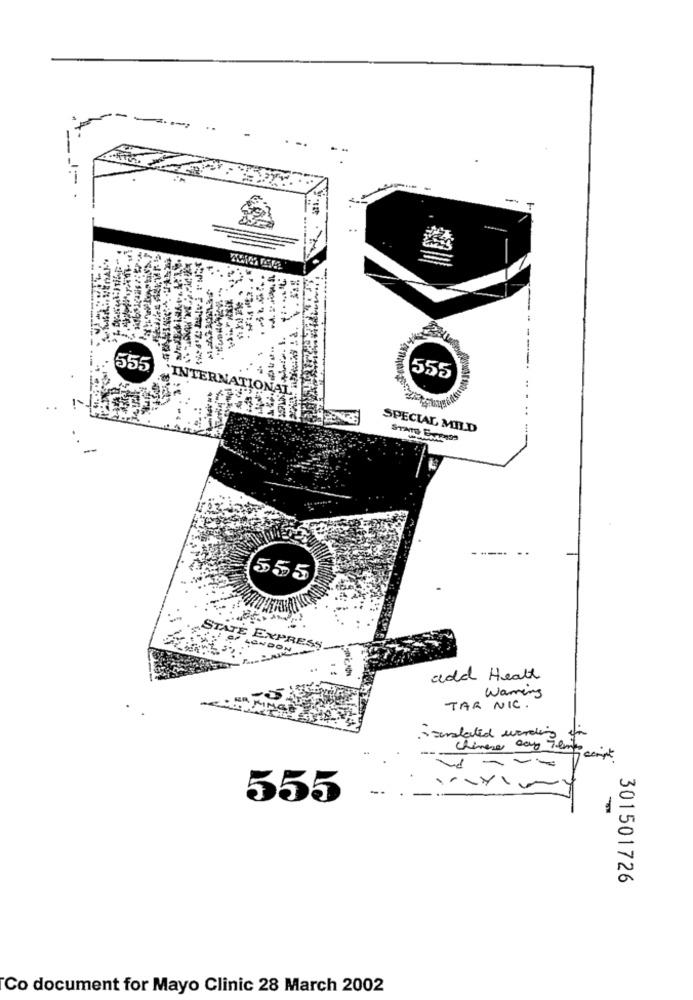
-
T
..
--
555
555
INT
SPECIAL MILD
STATO FATORES
555
STA
TE EXPRESS
LONDON
add Healt
Warning
-
TAR NIC.
. sonslated wording
---
Chinese cay 7 emes compte
555
301501726
Co document for Mayo Clinic 28 March 2002